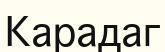
Карадаг